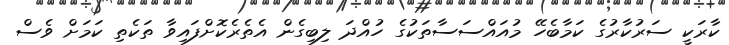
ކާރަކީ ސަރުކާރުގެ ކަމާބެހޭ މުއައްސަސާތަކުގެ ހުއްދަ ލިބިގެން އެތެރެކޮށްފައިވާ ތަކެތި ކަމަށް ވެސް